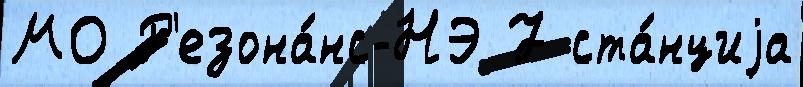
МО Р'езона́нс-НЭ 7 ста́нциjа